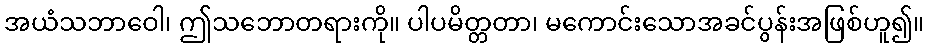
အယံသဘာဝေါ၊ ဤသဘောတရားကို။ ပါပမိတ္တတာ၊ မကောင်းသောအခင်ပွန်းအဖြစ်ဟူ၍။